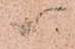
ハ